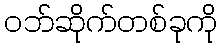
ဝဘ်ဆိုက်တစ်ခုကို